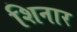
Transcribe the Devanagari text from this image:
शिनार